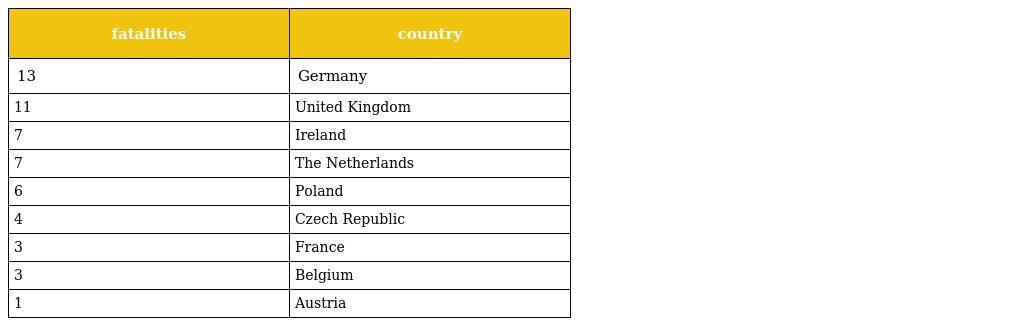
| fatalities | country |
 | --- | --- |
 | 13 | Germany |
 | 11 | United Kingdom |
 | 7 | Ireland |
 | 7 | The Netherlands |
 | 6 | Poland |
 | 4 | Czech Republic |
 | 3 | France |
 | 3 | Belgium |
 | 1 | Austria |